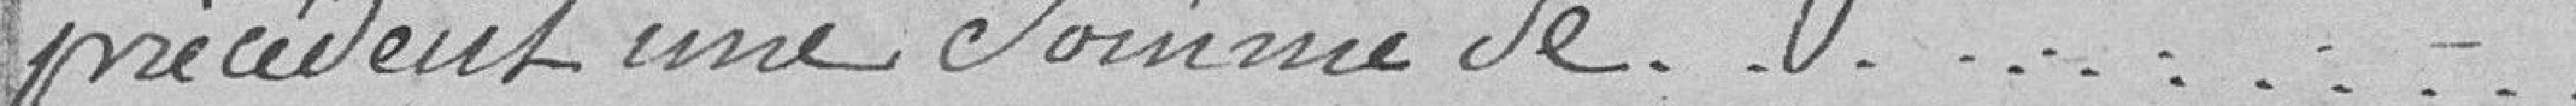
précédent une somme de